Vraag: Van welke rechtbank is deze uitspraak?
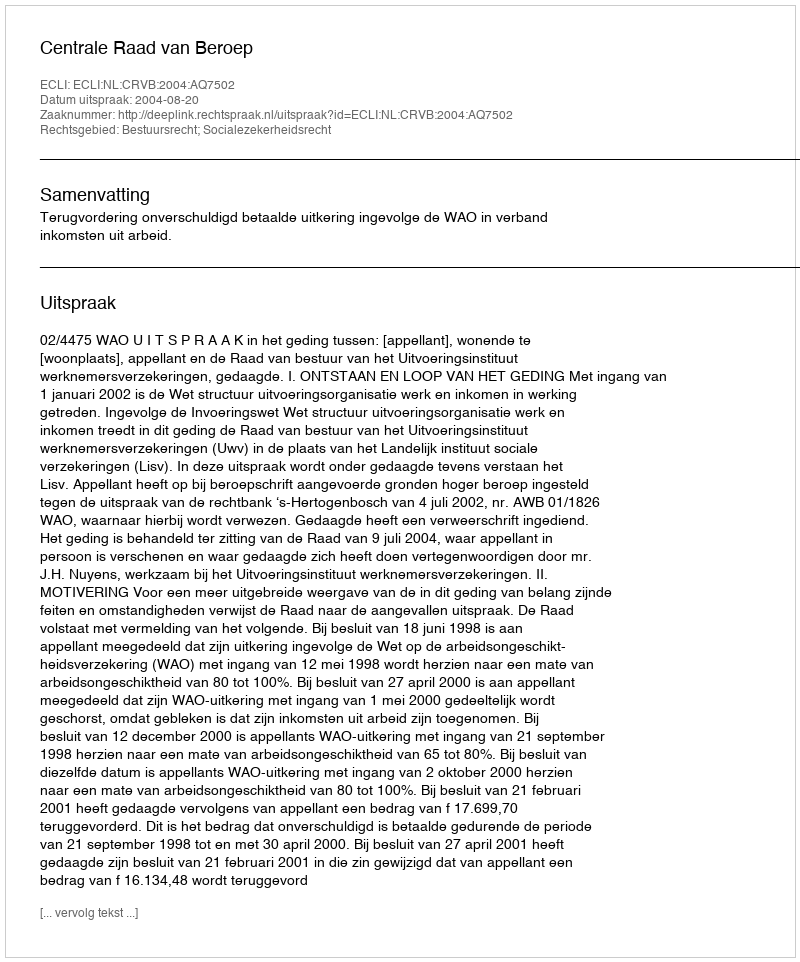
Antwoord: Centrale Raad van Beroep